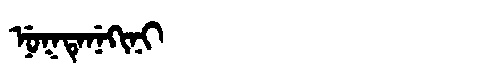
Manchu: ᠨᡠᡴᡨᡝᠨᡝᡴᡳᠨᡳ
Romanization: NUKTENEKINI